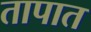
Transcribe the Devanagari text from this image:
तापात